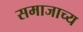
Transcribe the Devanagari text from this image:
समाजाच्य